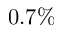
0 . 7 \%